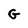
Character: G